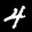
Label: 4